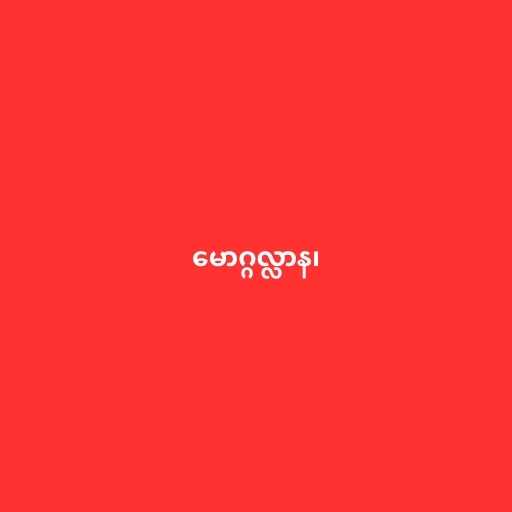
မောဂ္ဂလ္လာန၊